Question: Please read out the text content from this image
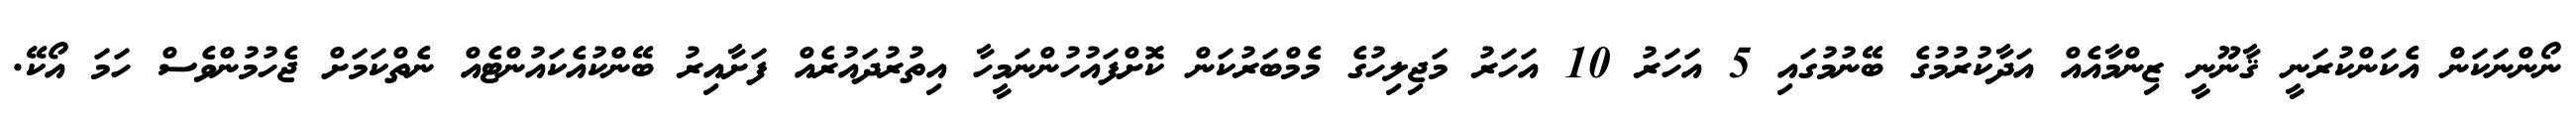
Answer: ނޯންނަކަން އެކަންކުރަނީ ޤާނޫނީ ޒިންމާއެއް އަދާކުރުމުގެ ބޭނުމުގައި 5 އަހަރު 10 އަހަރު މަޖިލިހުގެ މެމްބަރުކަން ކޮށްފައުހުންނަމީހާ އިތުރުދައުރެއް ފަށާއިރު ބޭންކުއެކައުންޓެއް ނެތްކަމަށް ޖެހުމުންވެސް ހަމަ އޯކޭ.